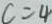
c = 4